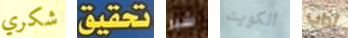
شكري تحقيق شبر الكويت آداب